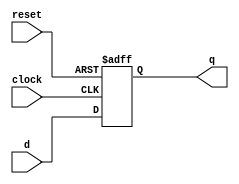
module D_FF (q, d, clock, reset);

	output q;
	input d, clock, reset;
	
	reg q;

	always @(negedge clock or posedge reset)
	begin
		if (reset)
			q = 1'b0;
		else
			q = d;
	end
	
endmodule